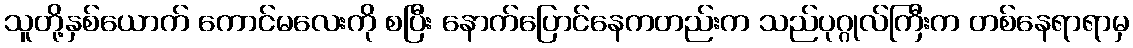
သူတို့နှစ်ယောက် ကောင်မလေးကို စပြီး နောက်ပြောင်နေကတည်းက သည်ပုဂ္ဂုလ်ကြီးက တစ်နေရာရာမှ